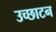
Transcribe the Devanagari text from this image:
उच्छाटन